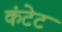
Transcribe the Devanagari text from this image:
कंटेट